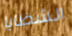
الشظايا